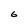
Character: 6